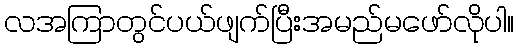
လအကြာတွင်ပယ်ဖျက်ပြီးအမည်မဖော်လိုပါ။